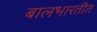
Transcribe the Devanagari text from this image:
बालभारतीत